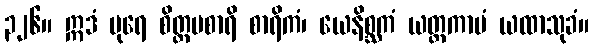
၃၂၆။ ဣဒံ ပုရေ စိတ္တမစာရိ စာရိကံ၊ ယေနိစ္ဆကံ ယတ္ထကာမံ ယထာသုခံ။